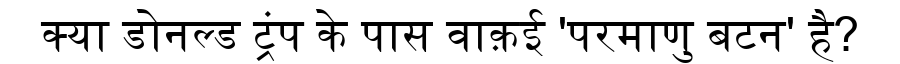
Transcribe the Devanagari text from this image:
क्या डोनल्ड ट्रंप के पास वाक़ई 'परमाणु बटन' है?